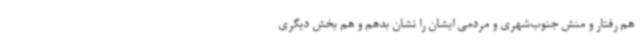
هم رفتار و منش جنوب‌شهری و مردمی ایشان را نشان بدهم و هم بخش دیگری